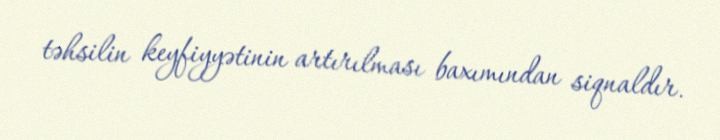
təhsilin keyfiyyətinin artırılması baxımından siqnaldır.